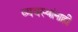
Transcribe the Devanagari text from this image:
व्यवस्थांनाही